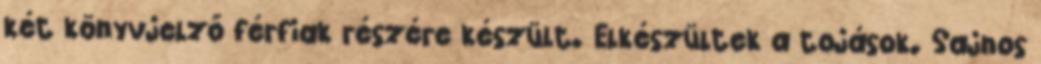
két könyvjelző férfiak részére készült. Elkészültek a tojások. Sajnos